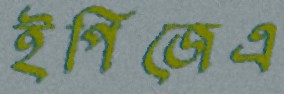
ইপিজেএ